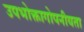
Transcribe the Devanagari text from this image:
उपभोक्तागोपनीयता